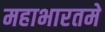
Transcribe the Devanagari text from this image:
महाभारतमे